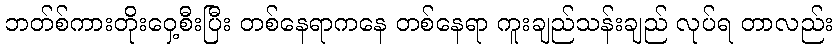
ဘတ်စ်ကားတိုးဝှေ့စီးပြီး တစ်နေရာကနေ တစ်နေရာ ကူးချည်သန်းချည် လုပ်ရ တာလည်း